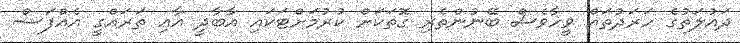
ދައުލަތުގެ ހަރަދުތައް ވީހާވެސް ބޭނުންތެރި ގޮތަކަށް ކުރުމަށްޓަކައި އާބާދީ އާއި ތަރައްގީ އެއްފަސް